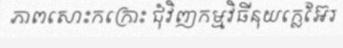
ភាពសោះកក្រោះ ជុំវិញកម្មវិធីនុយក្លេអ៊ែរ